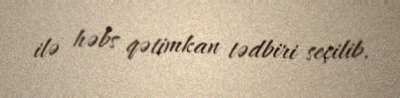
ilə həbs qətimkan tədbiri seçilib.